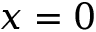
x = 0